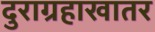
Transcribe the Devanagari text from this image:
दुराग्रहाखातर